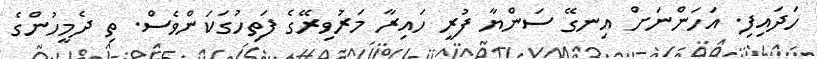
ހަދައިފި. އަހަންނަށް އިނގޭ ސަންޔާ ފުރީ ހައިރާ މަރުވިރޭގެ ފަތިހުގަކަންވެސް. ތި ދެމީހުންގެ